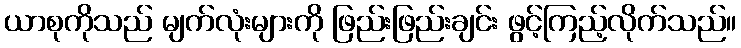
ယာစုကိုသည် မျက်လုံးများကို ဖြည်းဖြည်းချင်း ဖွင့်ကြည့်လိုက်သည်။